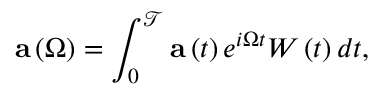
\mathbf { a } \left( \Omega \right) = \int _ { 0 } ^ { \mathcal { T } } \mathbf { a } \left( t \right) e ^ { i \Omega t } W \left( t \right) d t ,